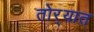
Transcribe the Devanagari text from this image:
तोर्‍यात